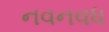
નવનવધ